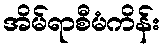
အိမ်ရာစီမံကိန်း